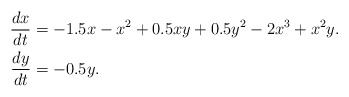
\begin{align*}\frac{dx}{dt} &=-1.5x-x^2+0.5xy+0.5y^2-2x^3+x^2y.\\\frac{dy}{dt} & =-0.5y.\\ \end{align*}